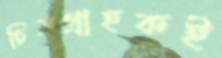
চিত্রগ্রাহকই